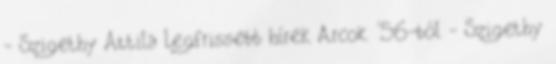
- Szigethy Attila Legfrissebb hírek Arcok '56-ból - Szigethy